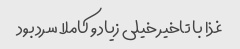
غذا با تاخیر خیلی زیاد و کاملا سرد بود